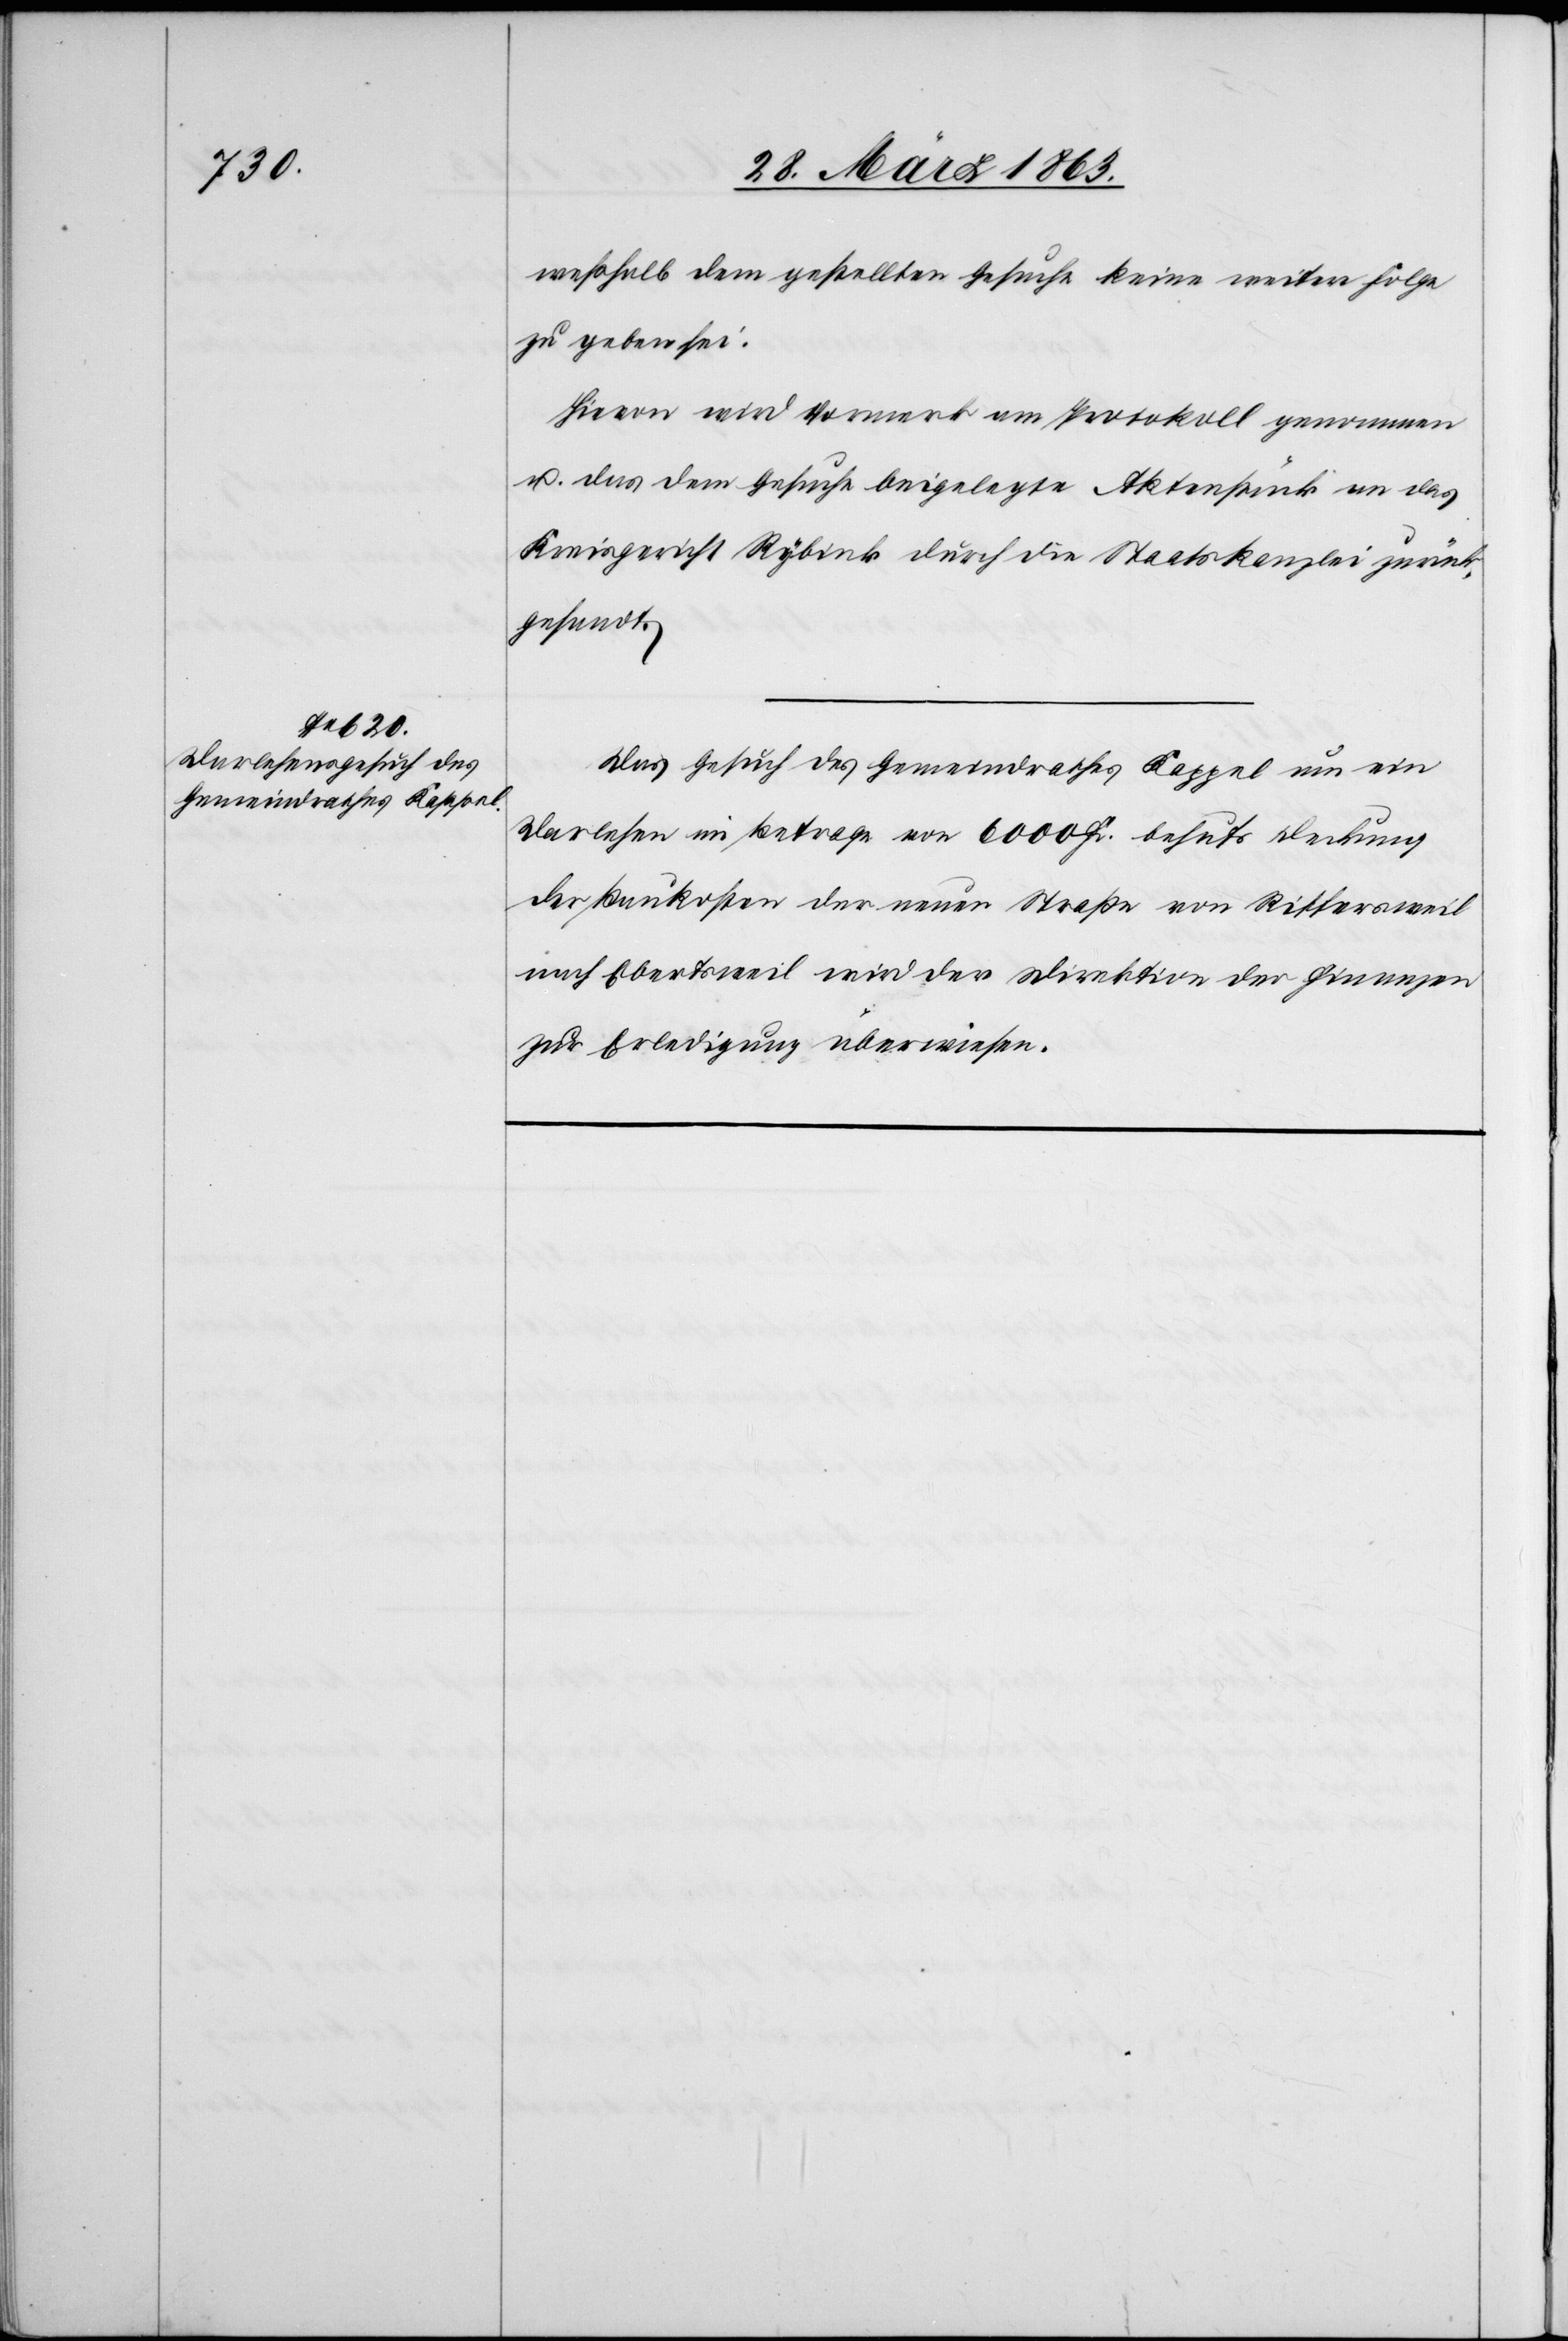
weßhalb dem gestellten Gesuche keine weitere Folge
zu geben sei.
Hievon wird Vormerk am Protokoll genommen
u. das dem Gesuche beigelegte Aktenstück an das
Kreisgericht Rybink [sic!] durch die Staatskanzlei zurück¬
gesandt.
Das Gesuch des Gemeindrathes Kappel um ein
Darlehen im Betrage von 6000 Fr. behufs Deckung
der Baukosten der neuen Straße von Riffersweil
nach Ebertsweil wird der Direktion der Finanzen
zur Erledigung überwiesen.